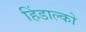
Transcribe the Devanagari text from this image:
हिंडाल्‍को